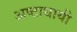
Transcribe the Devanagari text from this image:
अष्‍टाधायी